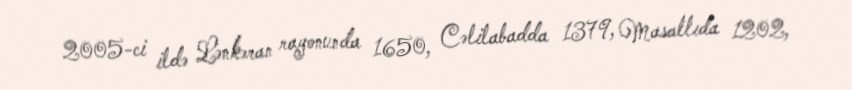
2005-ci ildə Lənkəran rayonunda 1650, Cəlilabadda 1379, Masallıda 1202,